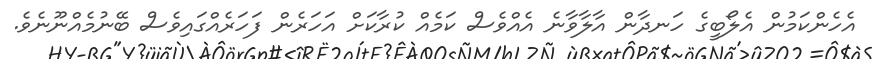
އެހެންކަމުން އެލޯބީގެ ހަނދާން އާލާވާނެ އެއްވެސް ކަމެއް ކުރާކަށް އަހަރެން ފަހަރެއްގައިވެސް ބޭނުމެއްނޫނެވެ.